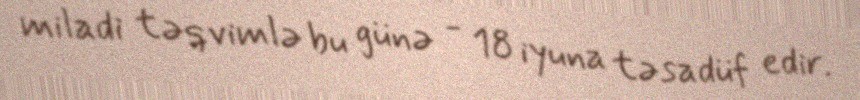
miladi təqvimlə bu günə - 18 iyuna təsadüf edir.